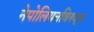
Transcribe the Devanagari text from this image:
नेपोलियनविरुद्ध